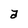
Character: a